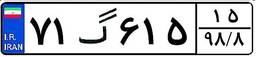
۱۴گ۷۰۱۴۹